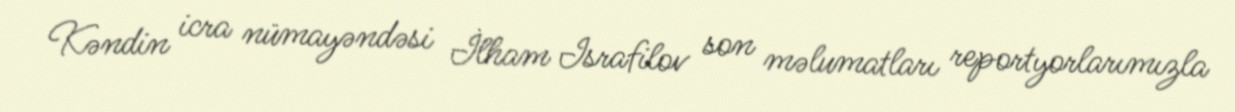
Kəndin icra nümayəndəsi İlham Israfilov son məlumatları reportyorlarımızla